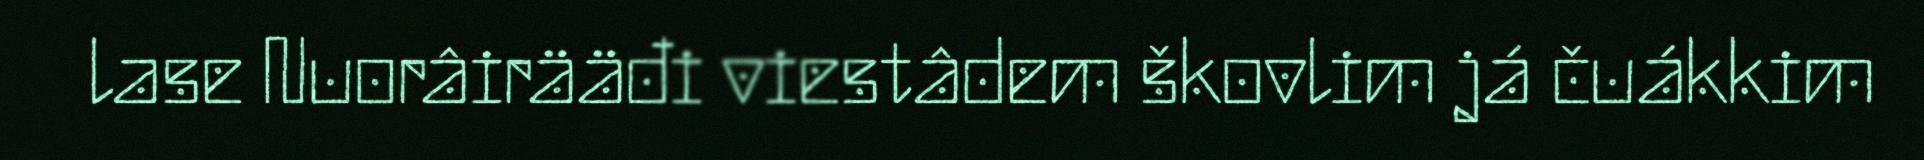
lase Nuorâirääđi viestâdem škovlim já čuákkim